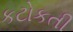
કટોકતી